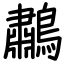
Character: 鷫